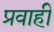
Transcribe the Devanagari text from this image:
प्रवाहीं